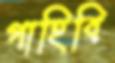
গাহিবি